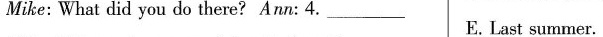
Mike: What did you do there?Ann: 4. ___ E.Last summer.